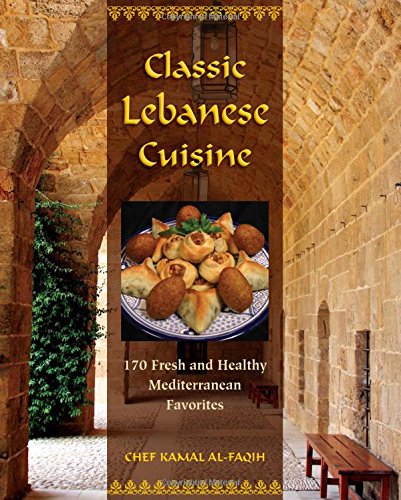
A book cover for Classic Lebanese Cuisine: 170 Fresh And Healthy Mediterranean Favorites; Kamal Al-Faqih; Cookbooks, Food & Wine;